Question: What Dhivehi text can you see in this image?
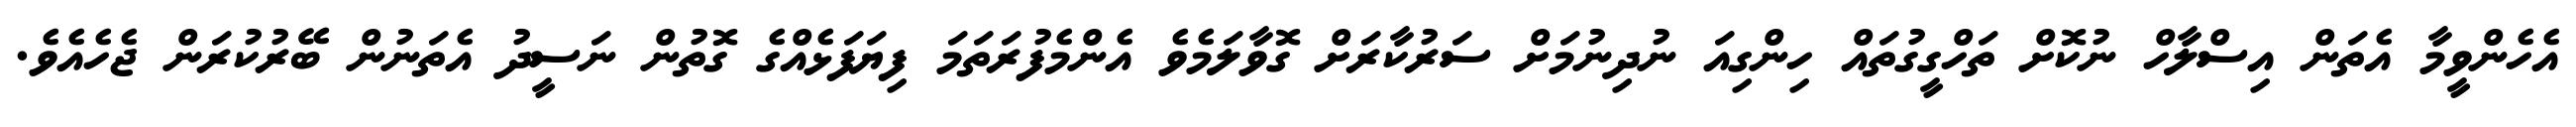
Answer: އެހެންވީމާ އެތަން އިސްލާހް ނުކޮށް ތަހްގީގުތައް ހިންގިއަ ނުދިނުމަށް ސަރުކާރަށް ގޮވާލަމެވެ އެންމެފުރަތަމަ ފިޔަފަޅެއްގެ ގޮތުން ނަސީދު އެތަނުން ބޭރުކުރަން ޖެހެއެވެ.